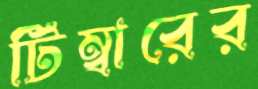
টিম্বারের